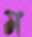
ম